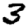
Digit: 3